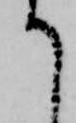
て